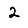
Digit: 2